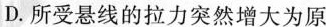
D.所受悬线的拉力突然增大为原